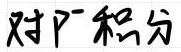
对P积分